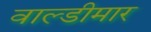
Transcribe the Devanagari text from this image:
वाल्डीमार